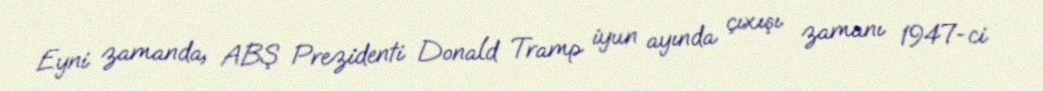
Eyni zamanda, ABŞ Prezidenti Donald Tramp iyun ayında çıxışı zamanı 1947-ci